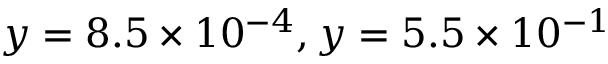
y = 8 . 5 \times 1 0 ^ { - 4 } , y = 5 . 5 \times 1 0 ^ { - 1 }